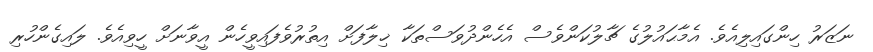
ނަޒަރު ހިންގައިލިއެވެ. އެމާޙައުލުގެ ޗާލުކަންވެސް އެހެންދުވަސްތަކާ ޚިލާފަށް އިތުރުވެފައިވީހެން އީވާނަށް ހީވިއެވެ. ލައިގެންހުރި